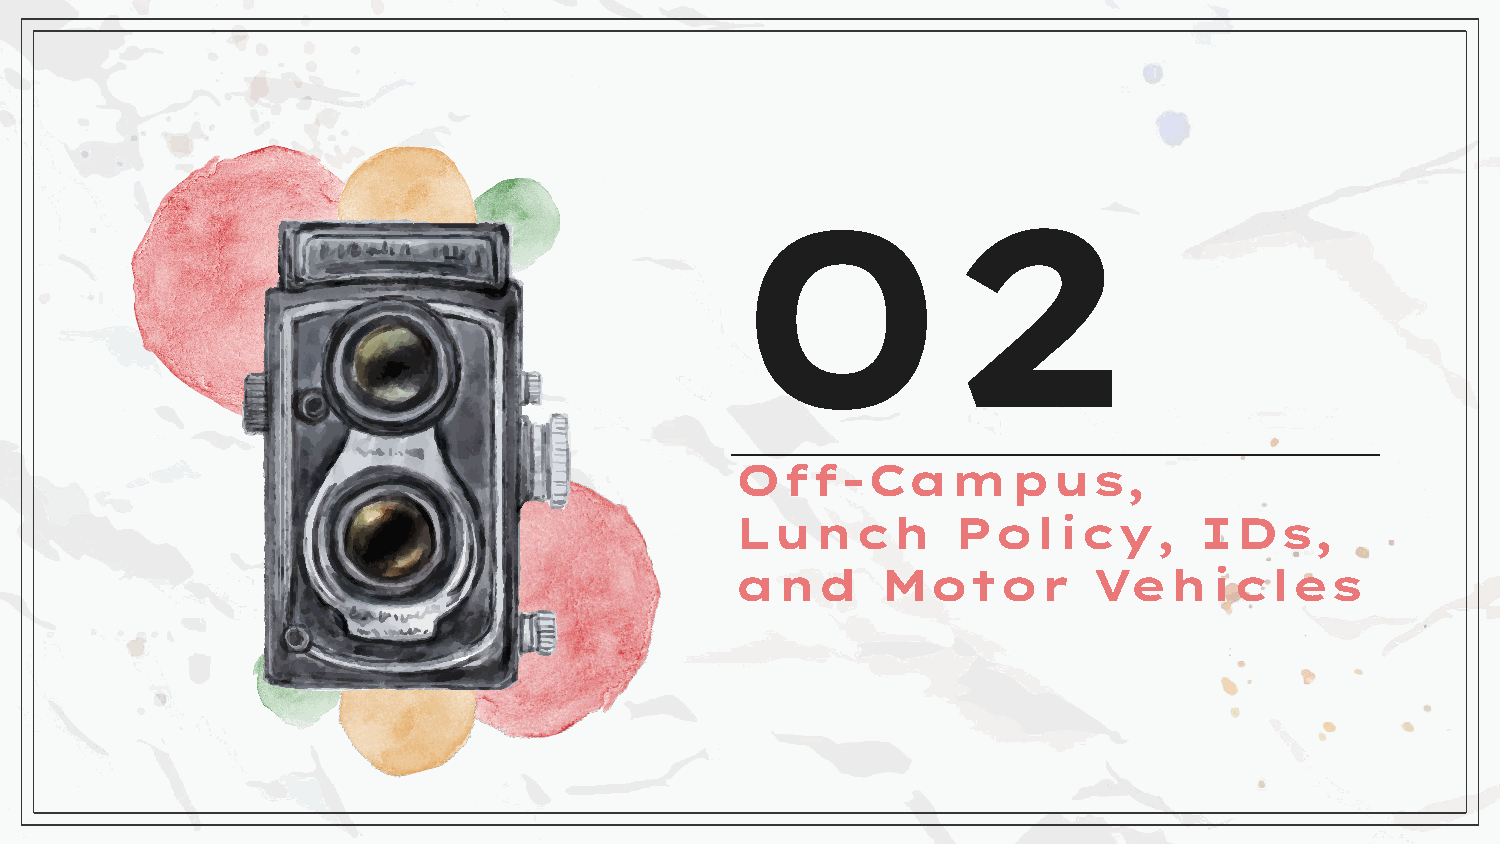
02
 Off-Campus,
 Lunch         Policy,         IDs,
 and      Motor         Vehicles